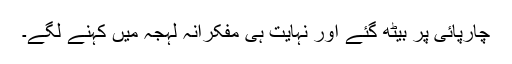
چارپائی پر بیٹھ گئے اور نہایت ہی مفکرانہ لہجہ میں کہنے لگے۔